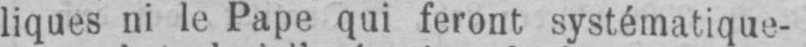
liques ni le Pape qui feront systématique-